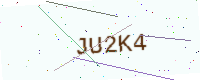
Text: JU2K4